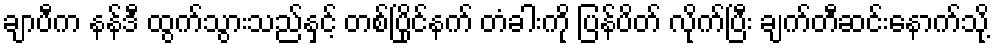
ချာပီက နန်ဒီ ထွက်သွားသည်နှင့် တစ်ပြိုင်နက် တံခါးကို ပြန်ပိတ် လိုက်ပြီး ချက်တီဆင်းနောက်သို့